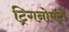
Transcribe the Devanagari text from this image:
ट्रिगनोमॅट्री